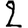
Digit: 2